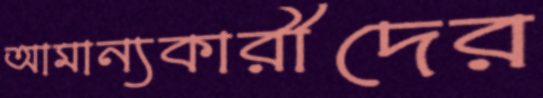
আমান্যকারীদের